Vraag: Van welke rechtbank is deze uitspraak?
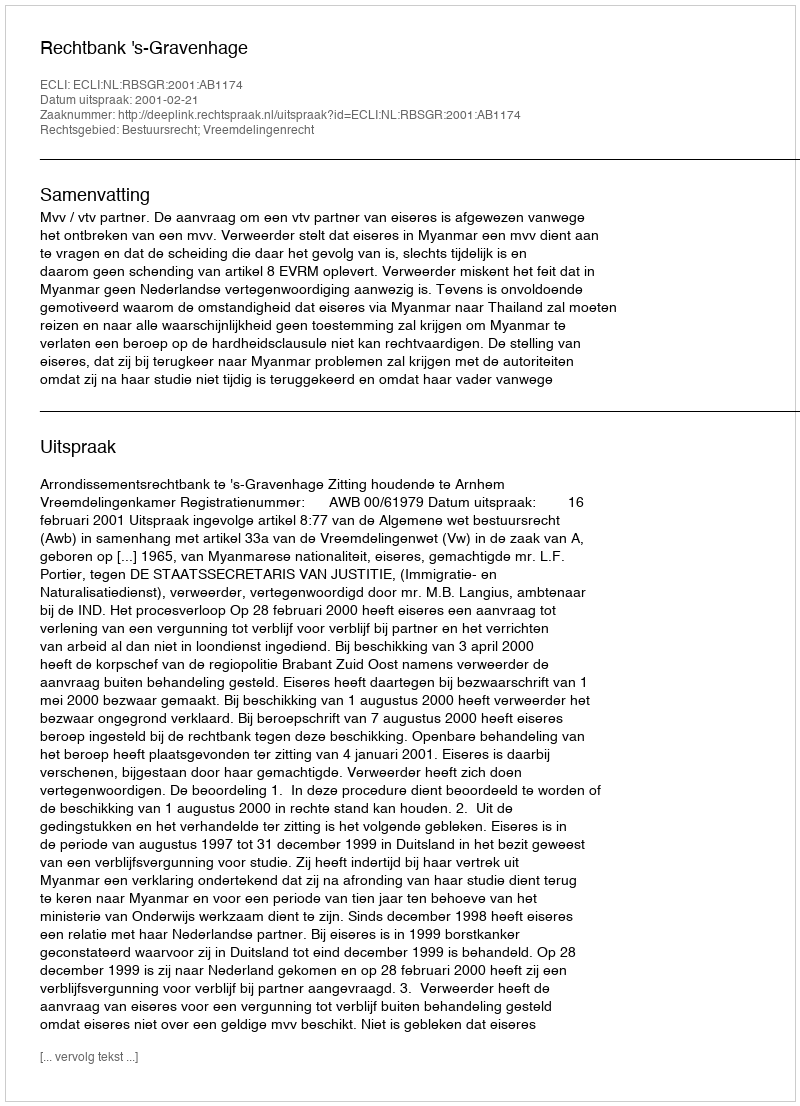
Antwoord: Rechtbank 's-Gravenhage